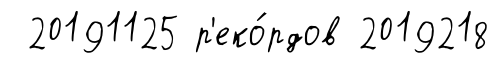
20191125 р'еко́рдов 2019218